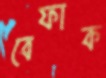
বেফাক